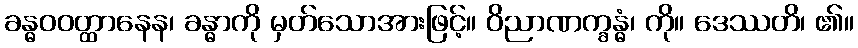
ခန္ဓဝဝတ္ထာနေန၊ ခန္ဓာကို မှတ်သောအားဖြင့်။ ဝိညာဏက္ခန္ဓံ၊ ကို။ ဒေဿတိ၊ ၏။